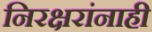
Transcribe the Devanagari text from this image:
निरक्षरांनाही